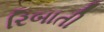
રિબાતી